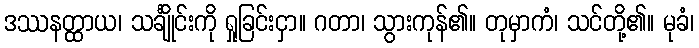
ဒဿနတ္ထာယ၊ သင်္ချိုင်းကို ရှုခြင်းငှာ။ ဂတာ၊ သွားကုန်၏။ တုမှာကံ၊ သင်တို့၏။ မုခံ၊